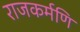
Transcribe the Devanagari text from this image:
राजकर्मणि